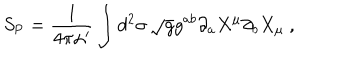
LaTeX: S _ { \mathrm { P } } = \frac { 1 } { 4 \pi \alpha ^ { \prime } } \int d ^ { 2 } \sigma \, \sqrt { g } g ^ { a b } \partial _ { a } X ^ { \mu } \partial _ { b } X _ { \mu } \ ,